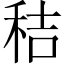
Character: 秸